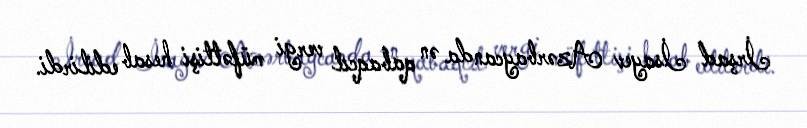
İrşad İsayev Azərbaycanda ən qabaqcıl vergi müfəttişi hesab edilirdi.